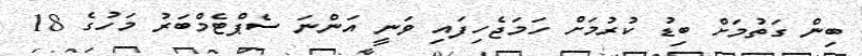
ބިން ގަތުމަށް ބިޑު ކުރުމަށް ހަމަޖެހިފައި ވަނީ އަންނަ ސެޕްޓެމްބަރު މަހުގެ 18